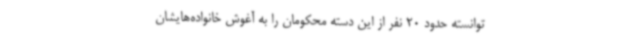
توانسته حدود 20 نفر از این دسته محکومان را به آغوش خانواده‌هایشان